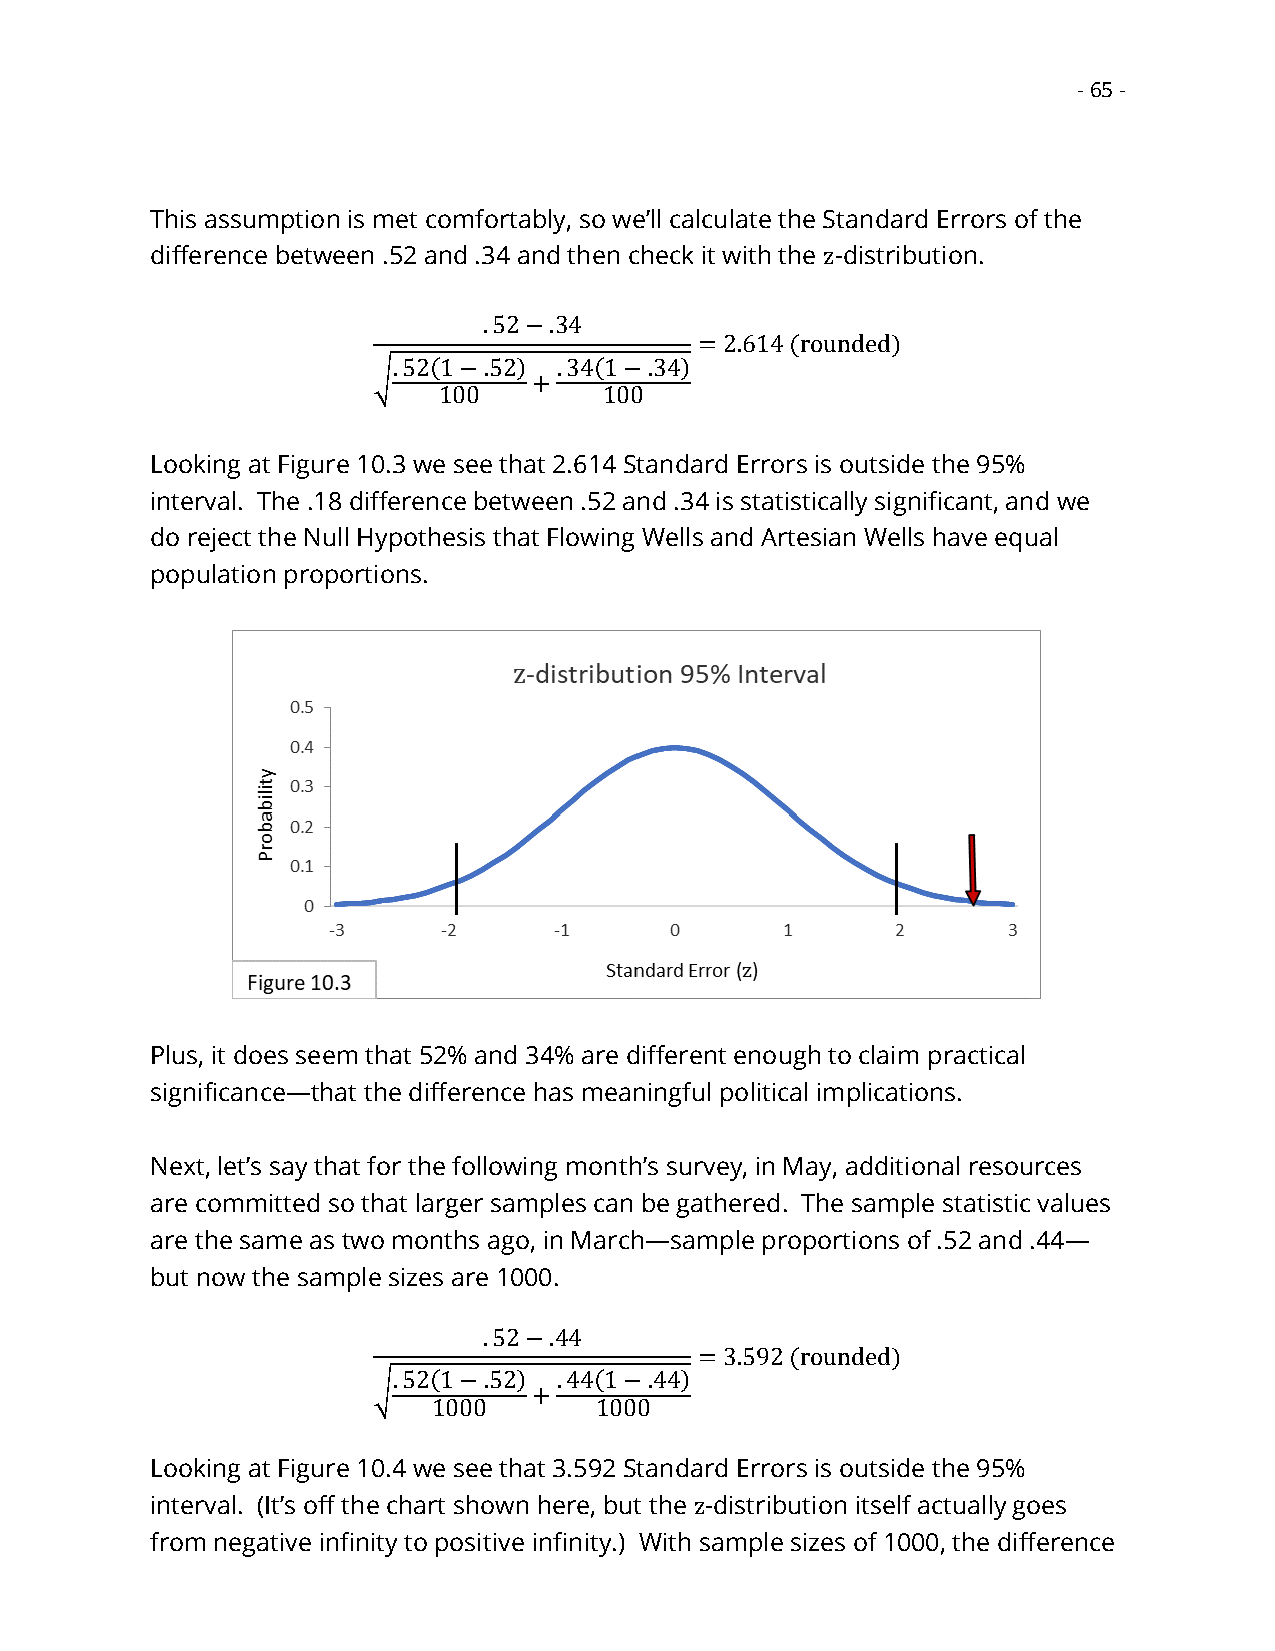
- 65 -
 This assumption is met comfortably, so we’ll calculate the Standard Errors of the
 difference between .52 and .34 and then check it with the z-distribution.
 .52−.34
 = 2.614 (rounded)
 .52(1−.52) .34(1−.34)
 √         +
 100        100
 Looking at Figure 10.3 we see that 2.614 Standard Errors is outside the 95%
 interval. The .18 difference between .52 and .34 is statistically significant, and we
 do reject the Null Hypothesis that Flowing Wells and Artesian Wells have equal
 population proportions.
 Plus, it does seem that 52% and 34% are different enough to claim practical
 significance—that the difference has meaningful political implications.
 Next, let’s say that for the following month’s survey, in May, additional resources
 are committed so that larger samples can be gathered. The sample statistic values
 are the same as two months ago, in March—sample proportions of .52 and .44—
 but now the sample sizes are 1000.
 .52−.44
 = 3.592 (rounded)
 .52(1−.52) .44(1−.44)
 √         +
 1000      1000
 Looking at Figure 10.4 we see that 3.592 Standard Errors is outside the 95%
 interval. (It’s off the chart shown here, but the z-distribution itself actually goes
 from negative infinity to positive infinity.) With sample sizes of 1000, the difference